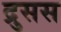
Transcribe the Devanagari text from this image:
द्रुसस